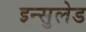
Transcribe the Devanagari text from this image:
इन्सुलेड